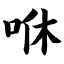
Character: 咻